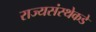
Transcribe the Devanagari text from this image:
राज्यसंस्थेकडे